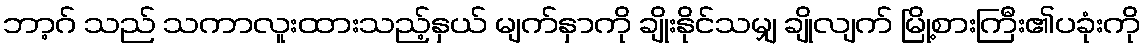
ဘာ့ဂ် သည် သကာလူးထားသည့်နှယ် မျက်နှာကို ချိုးနိုင်သမျှ ချိုလျက် မြို့စားကြီး၏ပခုံးကို